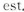
est.